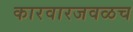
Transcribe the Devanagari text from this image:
कारवारजवळच